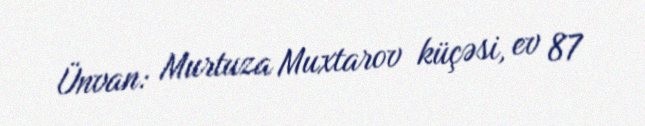
Ünvan: Murtuza Muxtarov küçəsi, ev 87